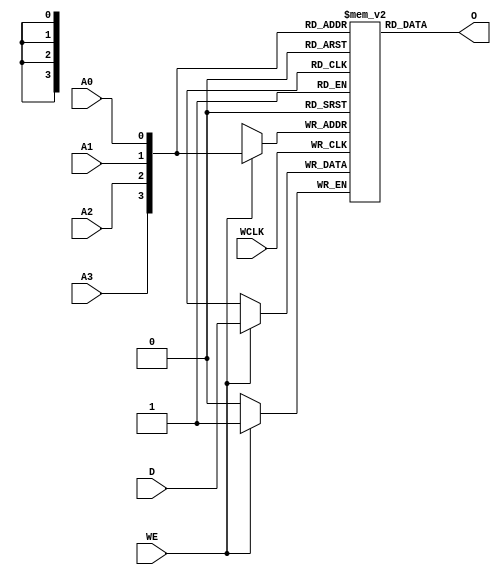
// $Header: /devl/xcs/repo/env/Databases/CAEInterfaces/verunilibs/s/RAM16X1S_1.v,v 1.8.22.2 2003/12/05 00:34:06 wloo Exp $

/*

FUNCTION	: 16x1 Static RAM with synchronous write capability

*/

`timescale  1 ps / 1 ps


module RAM16X1S_1 (O, A0, A1, A2, A3, D, WCLK, WE);

    parameter INIT = 16'h0000;

    output O;

    input  A0, A1, A2, A3, D, WCLK, WE;

    reg  mem [15:0];
    reg  [4:0] count;
    wire [3:0] adr;
    wire d_in, wclk_in, we_in;

    buf b_d    (d_in, D);
    buf b_wclk (wclk_in, WCLK);
    buf b_we   (we_in, WE);

    buf b_a3 (adr[3], A3);
    buf b_a2 (adr[2], A2);
    buf b_a1 (adr[1], A1);
    buf b_a0 (adr[0], A0);

    buf b_o (O, o_int);

    buf b_o_int (o_int, mem[adr]);

    initial
    begin
	for (count = 0; count < 16; count = count + 1)
	    mem[count] <= INIT[count];
    end

    always @(negedge wclk_in)
    begin
	if (we_in == 1'b1)
	    mem[adr] <= #100 d_in;
    end

    specify
	if (WE)
	    (WCLK => O) = (0, 0);

	(A3 => O) = (0, 0);
	(A2 => O) = (0, 0);
	(A1 => O) = (0, 0);
	(A0 => O) = (0, 0);
    endspecify

endmodule